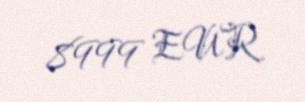
8999 EUR